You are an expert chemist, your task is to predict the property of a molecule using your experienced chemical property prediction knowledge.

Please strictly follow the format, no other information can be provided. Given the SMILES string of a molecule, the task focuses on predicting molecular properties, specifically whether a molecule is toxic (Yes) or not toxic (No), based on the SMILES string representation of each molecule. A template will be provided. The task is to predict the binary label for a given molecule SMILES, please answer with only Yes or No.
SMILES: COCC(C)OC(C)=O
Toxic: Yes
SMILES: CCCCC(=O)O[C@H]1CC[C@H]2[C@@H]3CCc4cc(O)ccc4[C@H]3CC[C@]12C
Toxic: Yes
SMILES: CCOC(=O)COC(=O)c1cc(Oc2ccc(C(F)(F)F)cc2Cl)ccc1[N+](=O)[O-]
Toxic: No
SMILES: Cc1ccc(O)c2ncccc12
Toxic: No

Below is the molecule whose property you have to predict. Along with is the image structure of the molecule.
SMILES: c1ccc2c(c1)ccc1ncccc12
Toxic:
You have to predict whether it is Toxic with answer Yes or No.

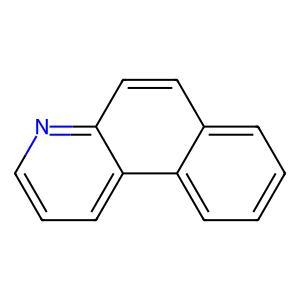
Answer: No